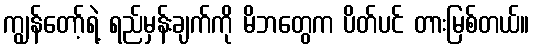
ကျွန်တော့်ရဲ့ ရည်မှန်းချက်ကို မိဘတွေက ပိတ်ပင် တားမြစ်တယ်။